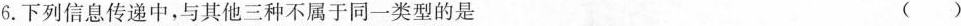
6.下列信息传递中，与其他三种不属于同一类型的是 ()